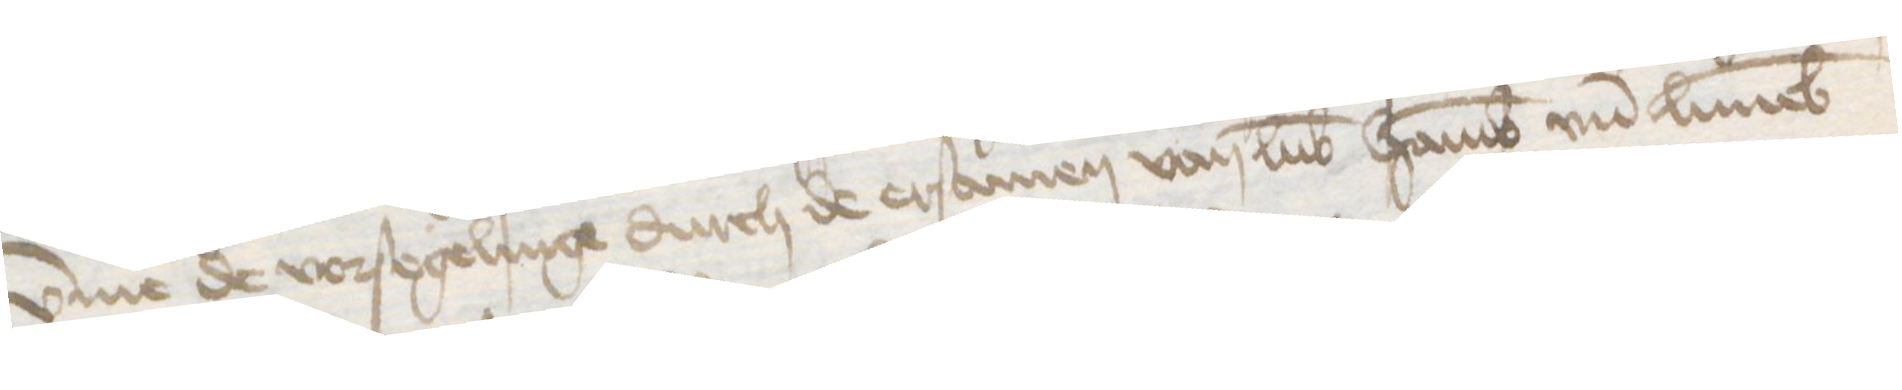
vmme de vorsegelinge durch de ersamen van Lubek Hamburg vnd Luneborch